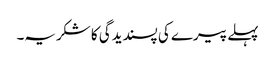
پہلے پیرے کی پسندیدگی کا شکریہ۔